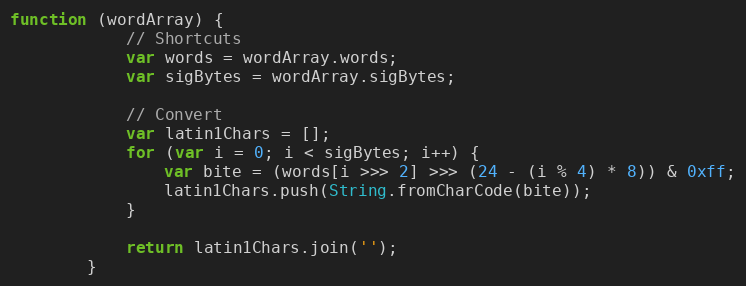
Language: JavaScript
function (wordArray) {
            // Shortcuts
            var words = wordArray.words;
            var sigBytes = wordArray.sigBytes;

            // Convert
            var latin1Chars = [];
            for (var i = 0; i < sigBytes; i++) {
                var bite = (words[i >>> 2] >>> (24 - (i % 4) * 8)) & 0xff;
                latin1Chars.push(String.fromCharCode(bite));
            }

            return latin1Chars.join('');
        }